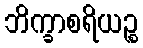
ဘိက္ခာစရိယဉ္စ